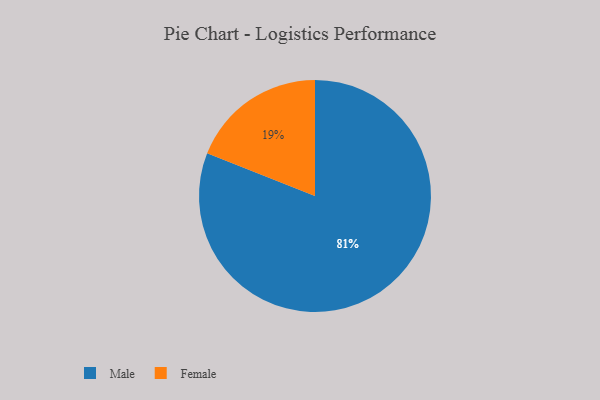
{"axis": {"x": "Category", "y": "Percentage"}, "legend": ["Female", "Male"], "data": [{"x": "Female", "y": 19, "type": "Female"}, {"x": "Male", "y": 81, "type": "Male"}]}